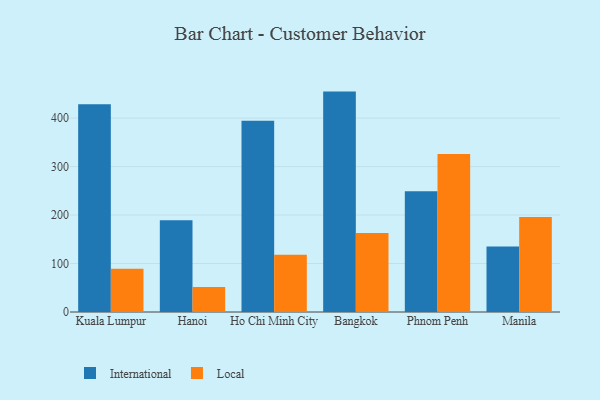
{"axis": {"x": "City", "y": "Waste Production (Tons)"}, "legend": ["International", "Local"], "data": [{"x": "Kuala Lumpur", "y": 428.6, "type": "International"}, {"x": "Kuala Lumpur", "y": 89.4, "type": "Local"}, {"x": "Hanoi", "y": 189.3, "type": "International"}, {"x": "Hanoi", "y": 51.6, "type": "Local"}, {"x": "Ho Chi Minh City", "y": 394.7, "type": "International"}, {"x": "Ho Chi Minh City", "y": 117.9, "type": "Local"}, {"x": "Bangkok", "y": 454.7, "type": "International"}, {"x": "Bangkok", "y": 163.1, "type": "Local"}, {"x": "Phnom Penh", "y": 249.2, "type": "International"}, {"x": "Phnom Penh", "y": 326.0, "type": "Local"}, {"x": "Manila", "y": 135.1, "type": "International"}, {"x": "Manila", "y": 196.1, "type": "Local"}]}